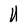
Character: U